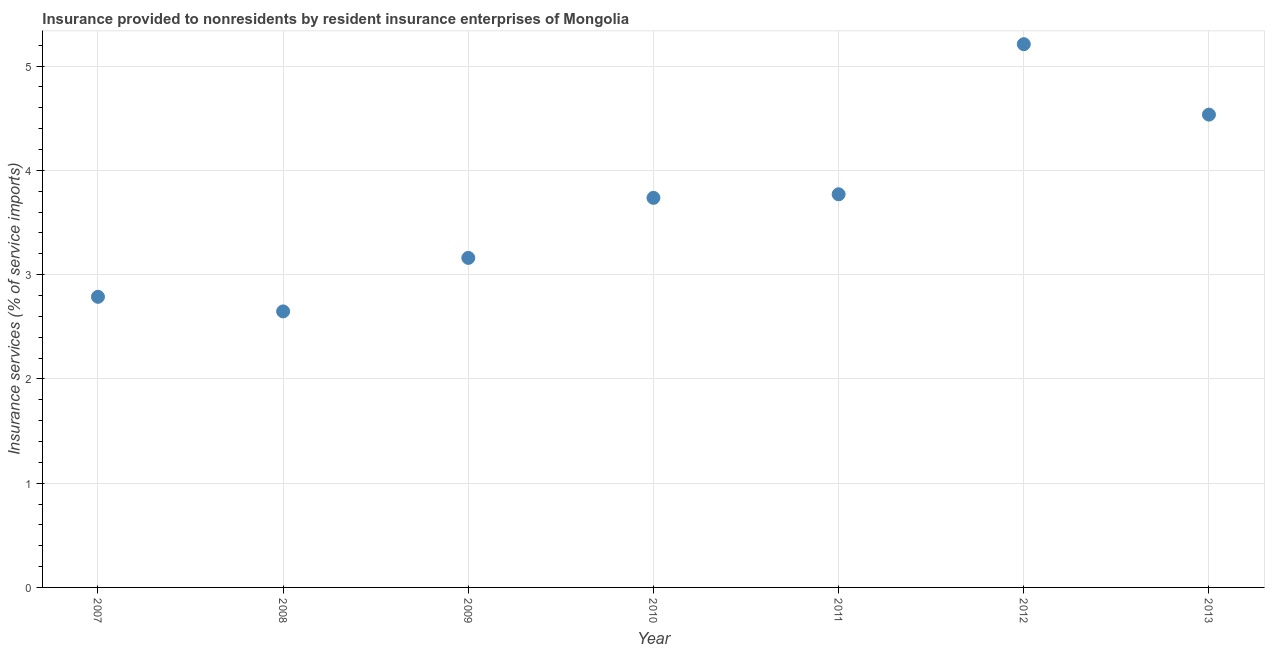
| Year | Insurance and financial services |
 | --- | --- |
 | 2007 | 2.79 |
 | 2008 | 2.65 |
 | 2009 | 3.16 |
 | 2010 | 3.74 |
 | 2011 | 3.77 |
 | 2012 | 5.21 |
 | 2013 | 4.53 |